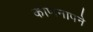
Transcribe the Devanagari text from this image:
कोणनापने